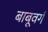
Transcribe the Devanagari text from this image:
बाबूवर्ग